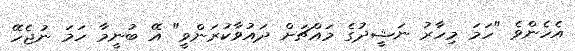
އެހެންވެ "ހަމަ މިހާރު ނަޝީދުގެ މައްޗަށް ދައުވާކުރަންވީ" އޭ ބުނީމާ ހަމަ ނުޖެހޭ